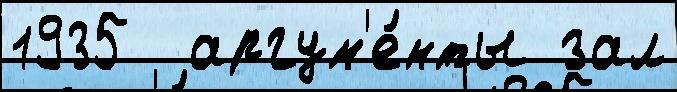
1935  аргум'е́нты зал